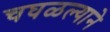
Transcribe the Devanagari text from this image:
चघळल्याने